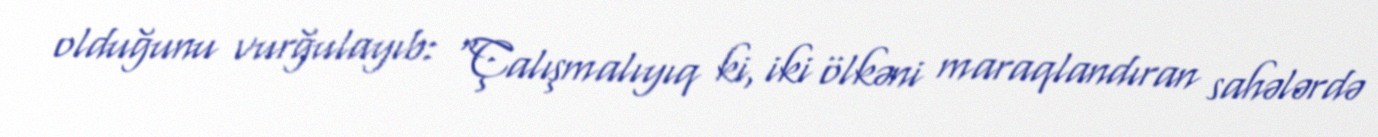
olduğunu vurğulayıb: "Çalışmalıyıq ki, iki ölkəni maraqlandıran sahələrdə